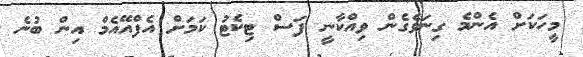
މީހަކަށް އެންމެ ގިނަވެގެން ވިއްކާނީ ފަސް ޓިކެޓު ކަމަށް އެފްއޭއެމް އިން ބުނެ